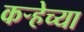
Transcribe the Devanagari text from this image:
कऱ्हेच्या